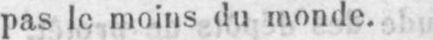
pas le moins du monde.